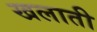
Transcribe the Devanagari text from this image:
खलाती